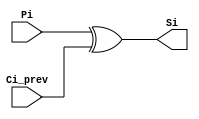
`timescale 1ns / 1ps
//////////////////////////////////////////////////////////////////////////////////
// Company: 
// Engineer: 
// 
// Design Name: 
// Module Name:    Si_triangle 
// Project Name: 
// Target Devices: 
// Tool versions: 
// Description: 
//
// Dependencies: 
//
// Revision: 
// Revision 0.01 - File Created
// Additional Comments: 
//
//////////////////////////////////////////////////////////////////////////////////
module Si_triangle(
    input Pi,
    input Ci_prev,
    output Si
	 );
	
	xor xor_0 (Si, Pi, Ci_prev);

endmodule